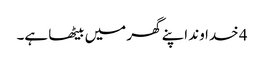
4 خدا وند اپنے گھر میں بیٹھا ہے۔